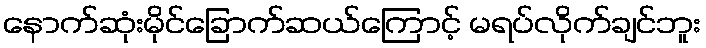
နောက်ဆုံးမိုင်ခြောက်ဆယ်ကြောင့် မရပ်လိုက်ချင်ဘူး